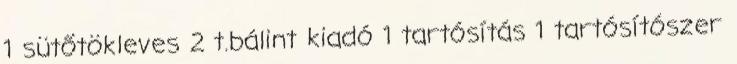
1 sütőtökleves 2 t.bálint kiadó 1 tartósítás 1 tartósítószer